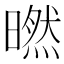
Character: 㬗